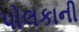
પોલકાની